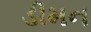
ડીમન